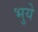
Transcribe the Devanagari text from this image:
भुये